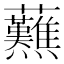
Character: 䖄